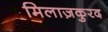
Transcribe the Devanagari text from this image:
मिलाज़कुरद